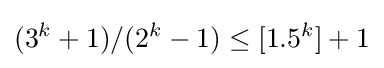
(3^{k}+1)/(2^{k}-1)\leq [1.5^{k}]+1